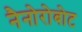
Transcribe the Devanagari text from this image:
नैनोरोबोट